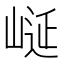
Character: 𭖮